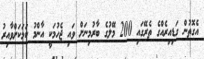
އެގޮތުން ގަޑިއިރެއްގެ ތެރޭގައި 200 މޭލުގެ ބާރުމިނަށް ވައި ޖެހުމަކީ އާންމު ކަމަކަށްވާއިރު